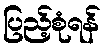
ပြည့်စုံရန်